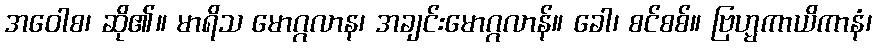
အဝေါစ၊ ဆို၏။ မာရိသ မောဂ္ဂလာန၊ အချင်းမောဂ္ဂလာန်။ ခေါ၊ စင်စစ်။ ဗြဟ္မကာယိကာနံ၊